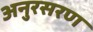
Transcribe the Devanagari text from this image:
अनुरसरण